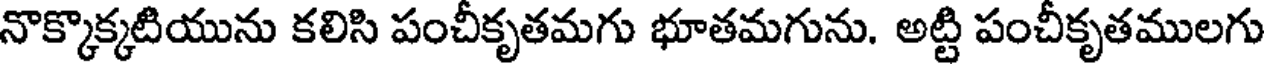
నొక్కొక్కటియును కలిసి పంచీకృతమగు భూతమగును. అట్టి పంచీకృతములగు